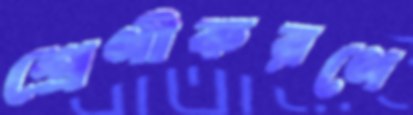
শ্রেণীকরণে